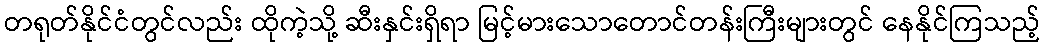
တရုတ်နိုင်ငံတွင်လည်း ထိုကဲ့သို့ ဆီးနှင်းရှိရာ မြင့်မားသောတောင်တန်းကြီးများတွင် နေနိုင်ကြသည့်